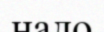
надо